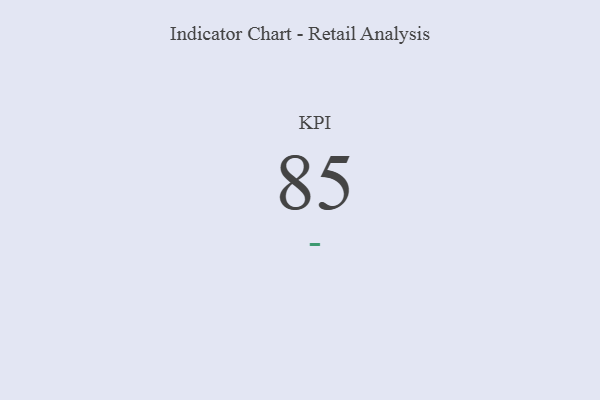
{"axis": {"x": "KPI", "y": "Value"}, "legend": [""], "data": [{"x": "KPI", "y": 85, "type": ""}]}